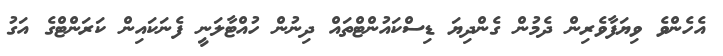
އެހެންވެ ވިޔަފާވެެރިން ދެމުން ގެންދިޔަ ޑިސްކައުންޓްތައް ދިނުން ހުއްޓާލަނީ ފެނަކައިން ކަރަންޓްގެ އަގު